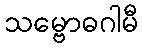
သမ္ဗောဓဂါမီ